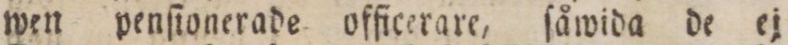
wen penſionerade officerare, ſåwida de ej